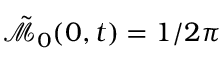
\tilde { \mathcal { M } } _ { 0 } ( 0 , t ) = 1 / 2 \pi